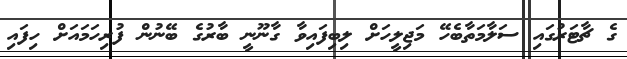
ގެ ޗާޓަރުގައި ސަލާމަތާބެހޭ މަޖިލީހަށް ލިބިފައިވާ ގާނޫނީ ބާރުގެ ބޭނުން ފުރިހަމައަށް ހިފައި